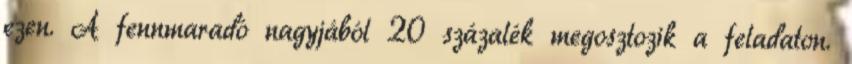
ezen. A fennmaradó nagyjából 20 százalék megosztozik a feladaton.